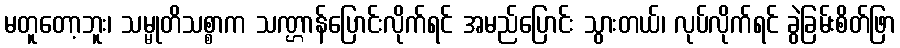
မတူတော့ဘူး၊ သမ္မုတိသစ္စာက သဏ္ဌာန်ပြောင်းလိုက်ရင် အမည်ပြောင်း သွားတယ်၊ လုပ်လိုက်ရင် ခွဲခြမ်းစိတ်ဖြာ